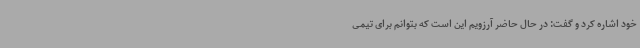
خود اشاره کرد و گفت: در حال حاضر آرزویم این است که بتوانم برای تیمی